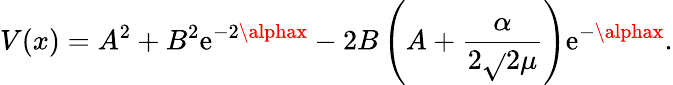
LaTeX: V(x)=A^{2}+B^{2}\mathrm{e}^{-2\alphax}-2B\left(A+\frac{{\alpha}}{{2\sqrt{}{{2\mu}}}}\right)\mathrm{e}^{-\alphax}.